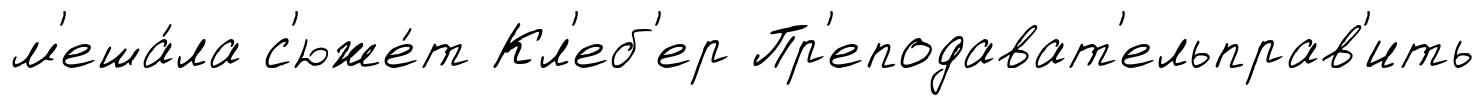
м'еша́ла с'юже́т Кл'еб'ер Пр'еподават'ельправ'ить